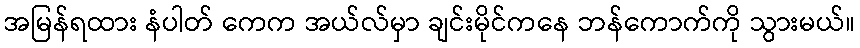
အမြန်ရထား နံပါတ် ကေက အယ်လ်မှာ ချင်းမိုင်ကနေ ဘန်ကောက်ကို သွားမယ်။